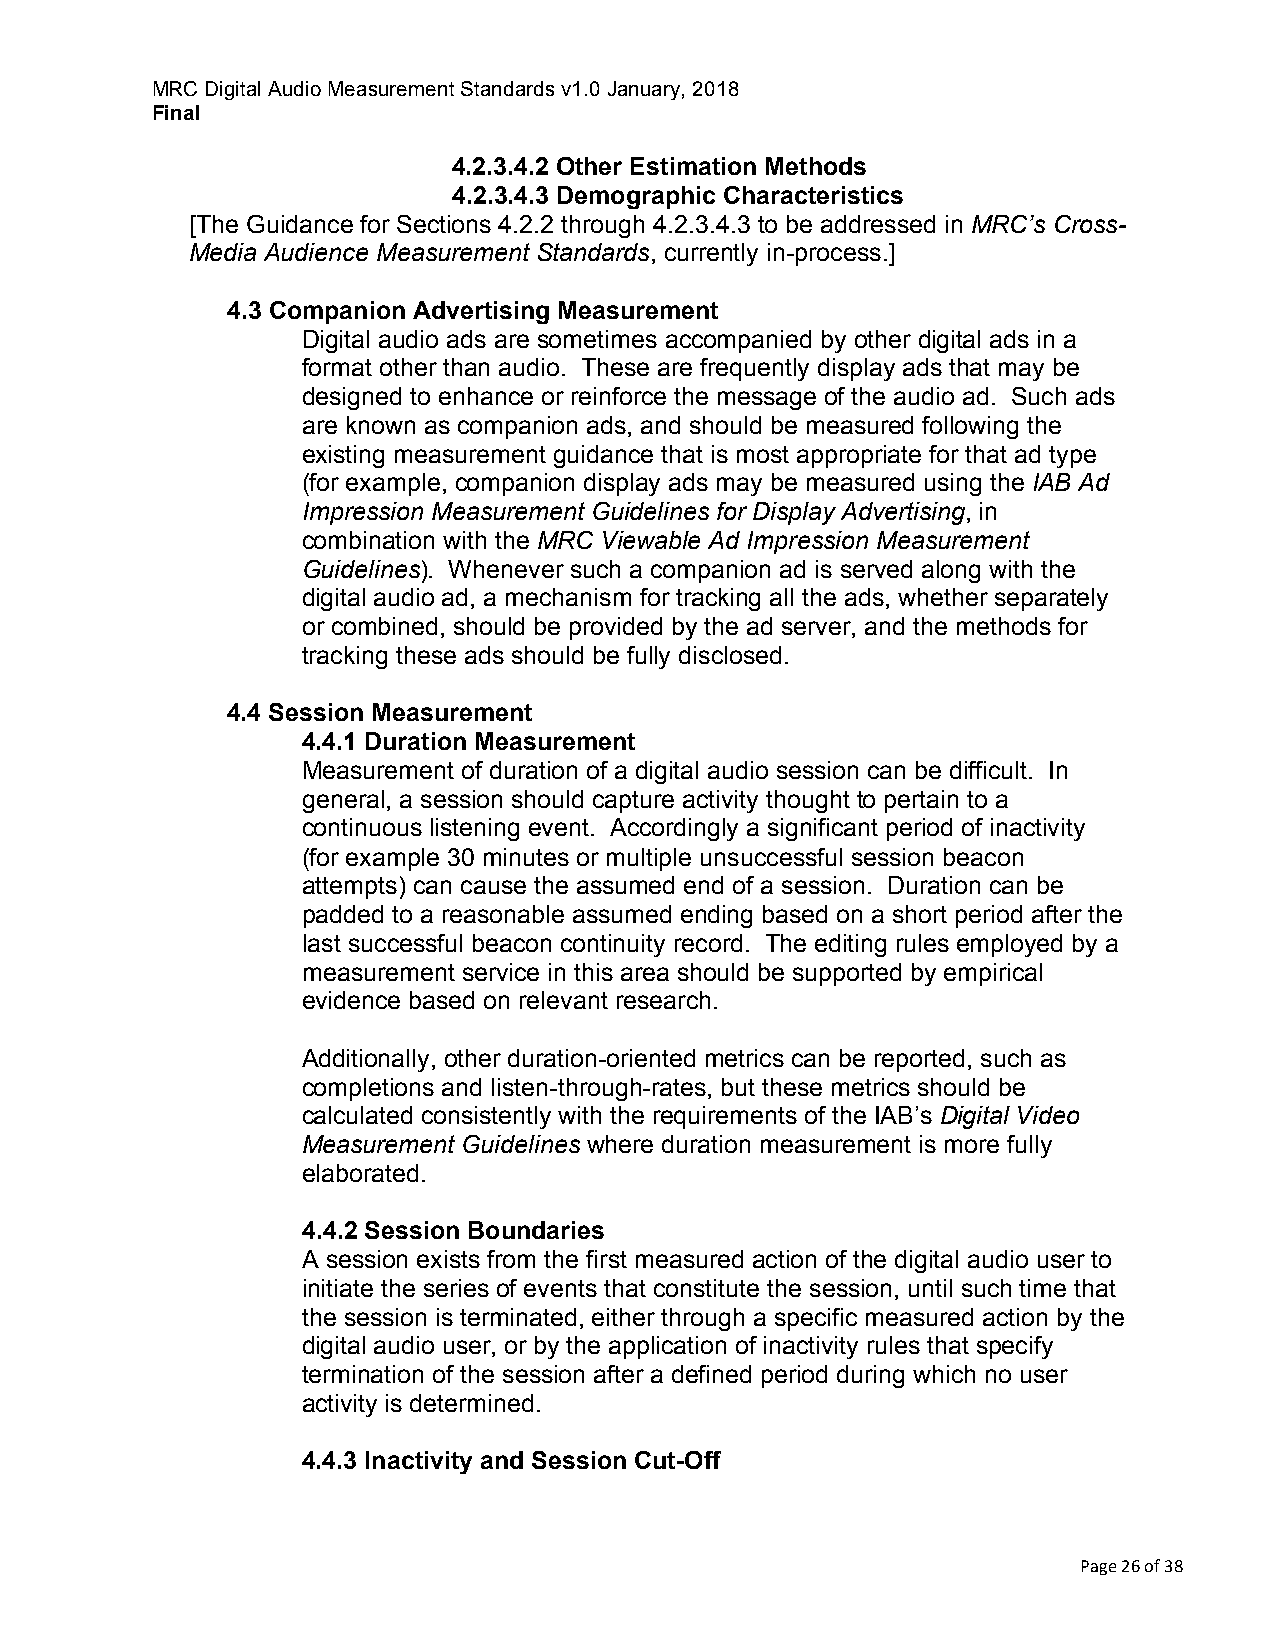
MRC Digital Audio Measurement Standards v1.0 January, 2018
 Final
 4.2.3.4.2 Other Estimation Methods
 4.2.3.4.3 Demographic Characteristics
 [The Guidance for Sections 4.2.2 through 4.2.3.4.3 to be addressed in MRC’s Cross-
 Media Audience Measurement Standards, currently in-process.]
 4.3 Companion Advertising Measurement
 Digital audio ads are sometimes accompanied by other digital ads in a
 format other than audio. These are frequently display ads that may be
 designed to enhance or reinforce the message of the audio ad. Such ads
 are known as companion ads, and should be measured following the
 existing measurement guidance that is most appropriate for that ad type
 (for example, companion display ads may be measured using the IAB Ad
 Impression Measurement Guidelines for Display Advertising, in
 combination with the MRC Viewable Ad Impression Measurement
 Guidelines). Whenever such a companion ad is served along with the
 digital audio ad, a mechanism for tracking all the ads, whether separately
 or combined, should be provided by the ad server, and the methods for
 tracking these ads should be fully disclosed.
 4.4 Session Measurement
 4.4.1 Duration Measurement
 Measurement of duration of a digital audio session can be difficult. In
 general, a session should capture activity thought to pertain to a
 continuous listening event. Accordingly a significant period of inactivity
 (for example 30 minutes or multiple unsuccessful session beacon
 attempts) can cause the assumed end of a session. Duration can be
 padded to a reasonable assumed ending based on a short period after the
 last successful beacon continuity record. The editing rules employed by a
 measurement service in this area should be supported by empirical
 evidence based on relevant research.
 Additionally, other duration-oriented metrics can be reported, such as
 completions and listen-through-rates, but these metrics should be
 calculated consistently with the requirements of the IAB’s Digital Video
 Measurement Guidelines where duration measurement is more fully
 elaborated.
 4.4.2 Session Boundaries
 A session exists from the first measured action of the digital audio user to
 initiate the series of events that constitute the session, until such time that
 the session is terminated, either through a specific measured action by the
 digital audio user, or by the application of inactivity rules that specify
 termination of the session after a defined period during which no user
 activity is determined.
 4.4.3 Inactivity and Session Cut-Off
 Page 26 of 38